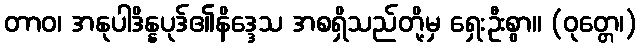
တာဝ၊ အနုပါဒိန္နပုဒ်၏နိဒ္ဒေသ အစရှိသည်တို့မှ ရှေးဦးစွာ။ (ဝုတ္တေ၊)